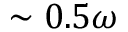
\sim 0 . 5 \omega